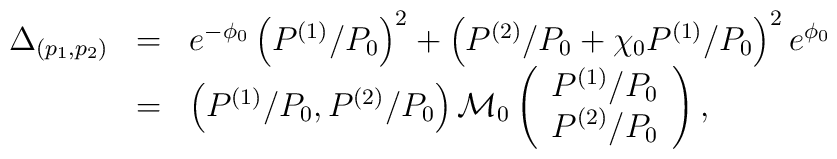
\begin{array}{rcl}\Delta_{(p_1, p_2)}  &=&  e^{-\phi_0} \left(P^{(1)}/P_0 \right)^2 + \left(P^{(2)}/P_0 + \chi_0 P^{(1)}/P_0 \right)^2 e^{\phi_0} \\   &=& \left(P^{(1)}/P_0, P^{(2)} /P_0 \right) {\cal M}_0 \left(\begin{array}{c}P^{(1)}/P_0 \\ P^{(2)}/P_0\end{array}\right),\end{array}